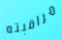
مراقبته